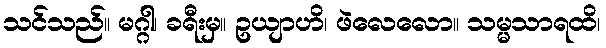
သင်သည်။ မဂ္ဂါ၊ ခရီးမှ။ ဥယျာဟိ၊ ဖဲလေလော။ သမ္မသာရထိ၊